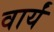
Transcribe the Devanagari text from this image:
वार्यं